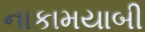
નાકામયાબી